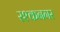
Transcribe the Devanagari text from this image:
रश्कनगर